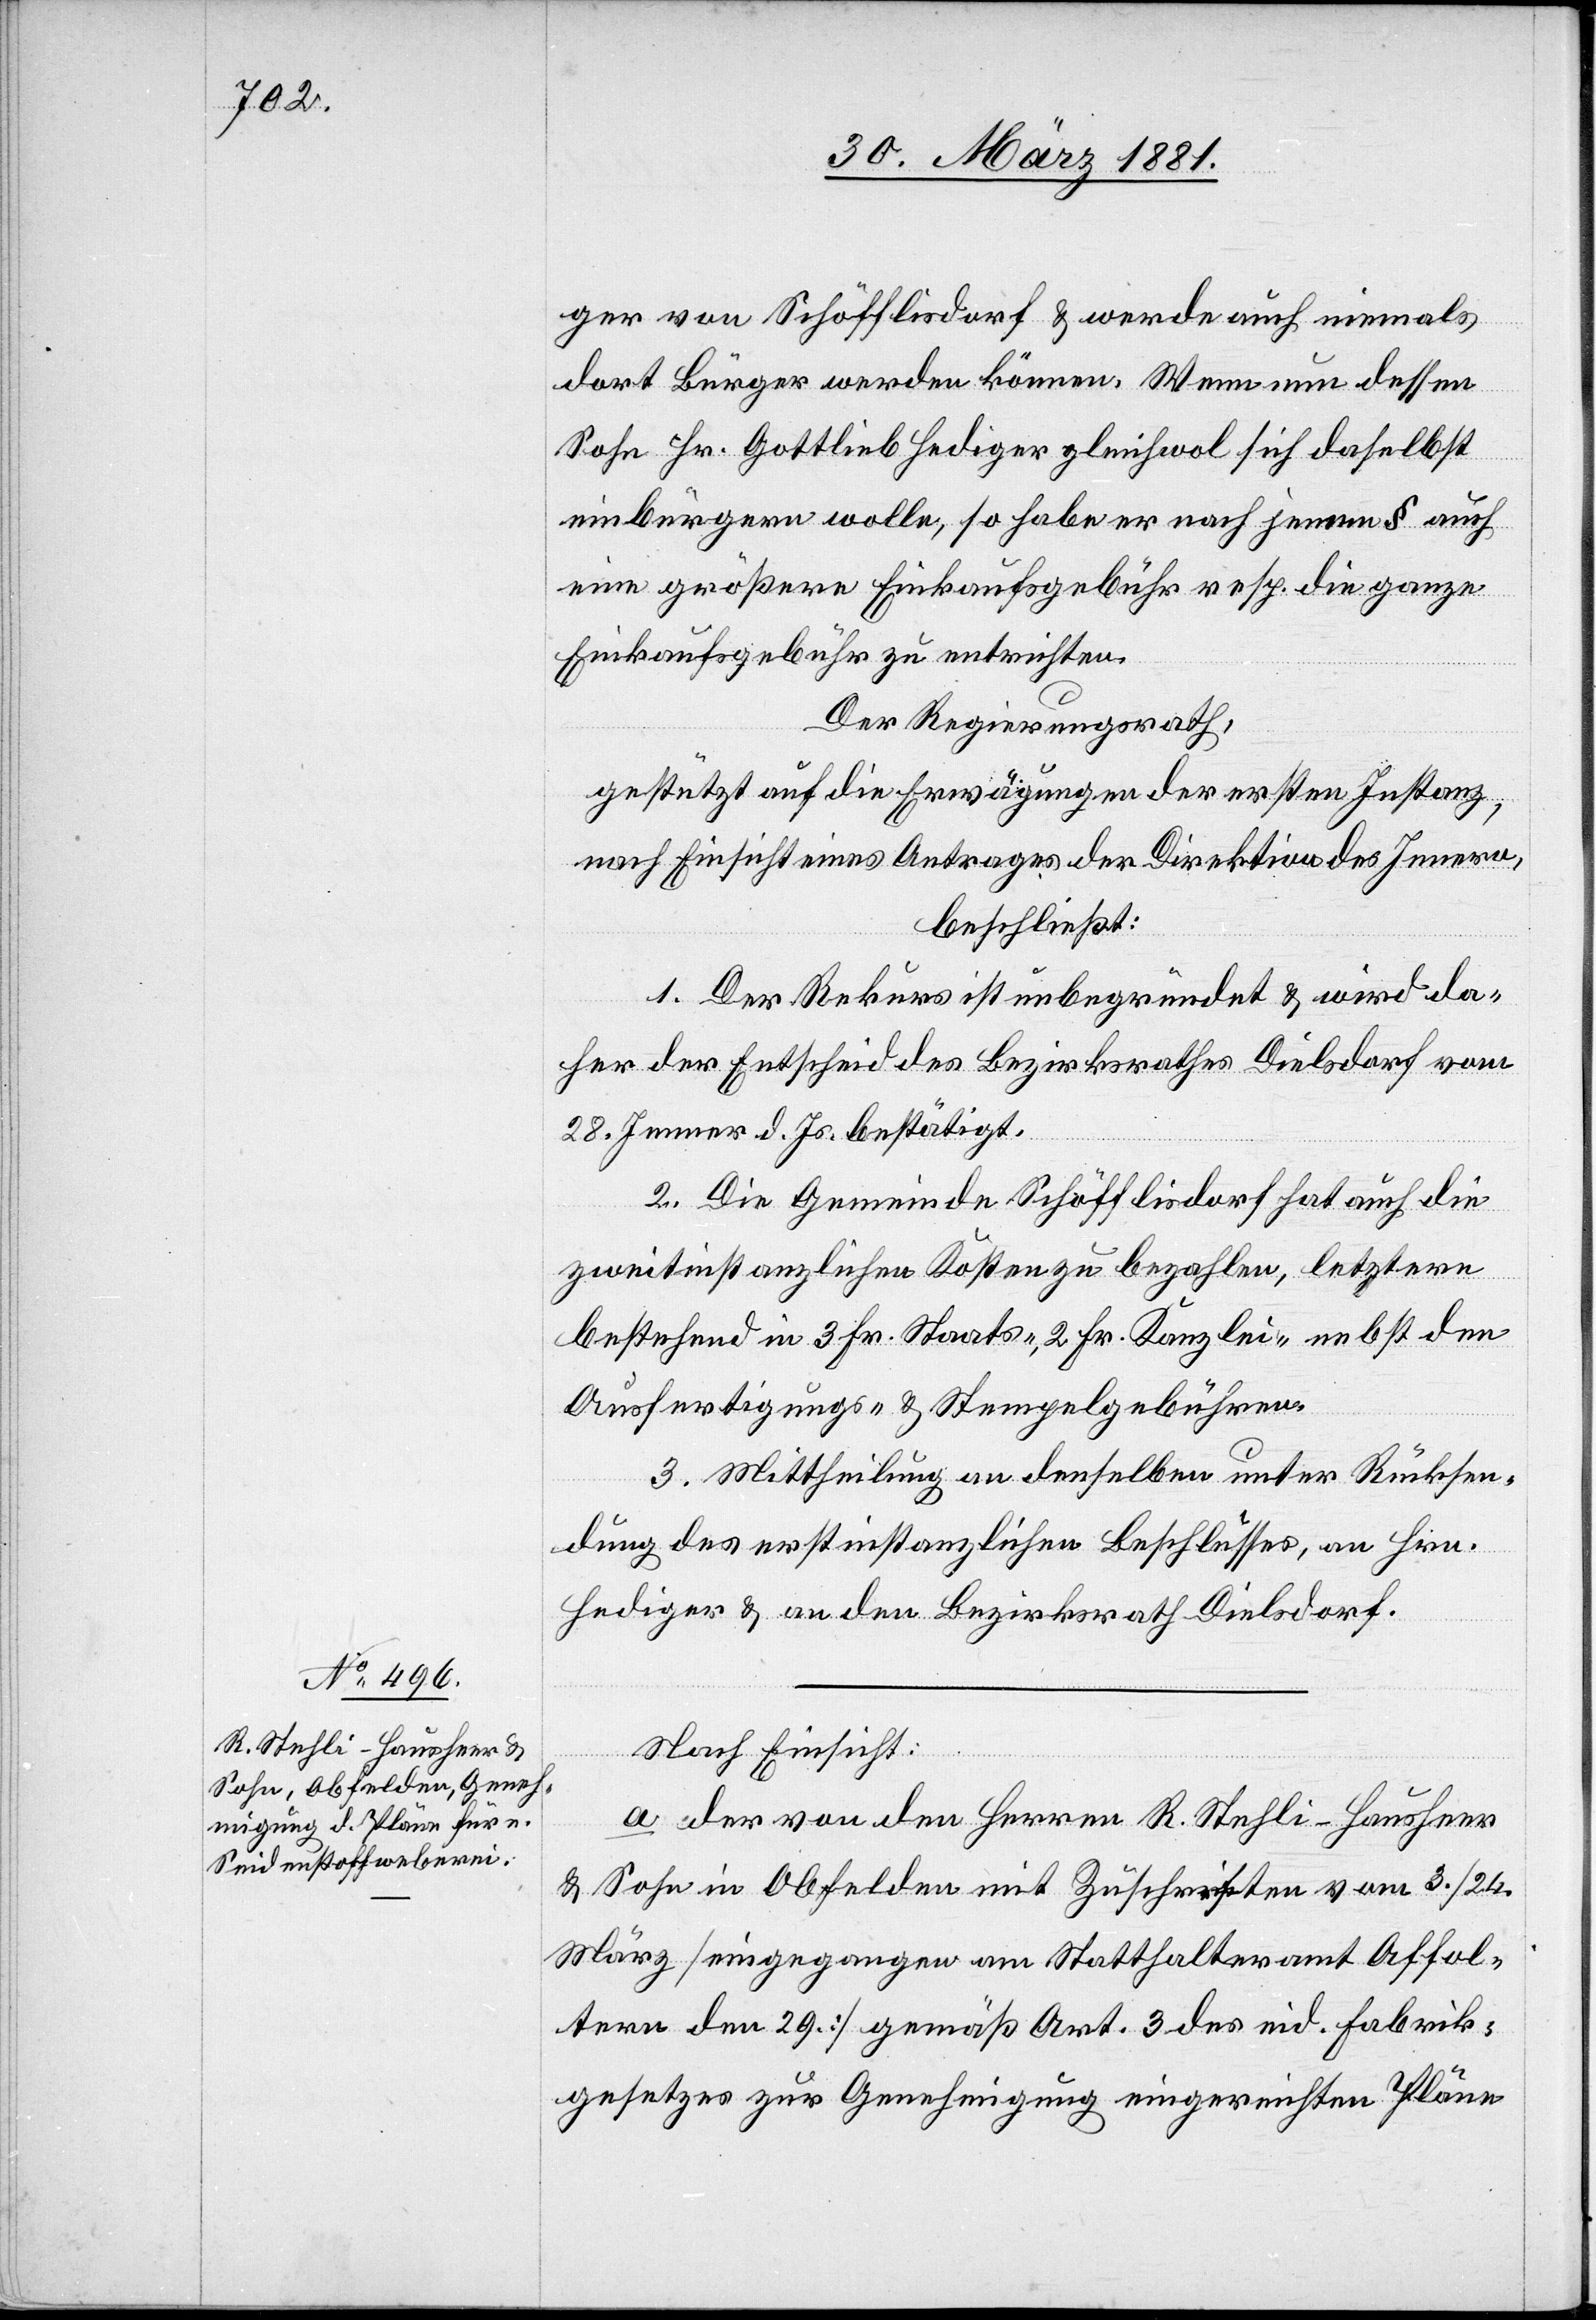
ger von Schöfflisdorf & werde auch niemals
dort Bürger werden können. Wenn nun dessen
Sohn Hr. Gottlieb Hediger gleichwol sich daselbst
einbürgern wolle, so habe er nach jenem § auch
eine größere Einkaufsgebühr resp. die ganze
Einkaufsgebühr zu entrichten.
Der Regierungsrath,
gestützt auf die Erwägungen der ersten Instanz,
nach Einsicht eines Antrages der Direktion des Innern,
beschließt:
1. Der Rekurs ist unbegründet & wird da¬
her der Entscheid des Bezirksrathes Dielsdorf vom
28. Jenner d. Js. bestätigt.
2. Die Gemeinde Schöfflisdorf hat auch die
zweitinstanzlichen Kosten zu bezahlen, letztere
bestehend in 3 Fr. Staats-, 2 Fr. Kanzlei- nebst den
Ausfertigungs- und Stempelgebühren.
3. Mittheilung an denselben unter Rücksen¬
dung des erstinstanzlichen Beschlusses, an Hrn.
Hediger & an den Bezirksrath Dielsdorf.
Nach Einsicht:
a. der von den Herren R. Stehli-Hausheer
& Sohn in Obfelden mit Zuschrift vom 3./24.
März [eingegangen am Statthalteramt Affol¬
tern den 29.] gemäß Art. 3 des eid. Fabrik¬
gesetzes zur Genehmigung eingereichten Pläne